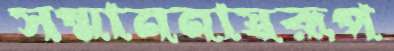
সম্মাননাস্বরূপ